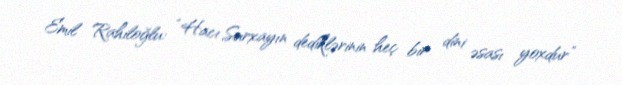
Emil Rahiloğlu: “Hacı Surxayın dediklərinin heç bir dini əsası yoxdur”